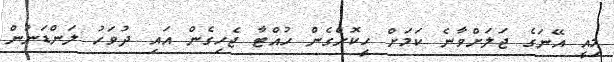
މިއީ އޭނަގެ ޖަލަށްވާނެ ކަމަށް ހީކޮށްގެން ހުއްޓާ ޖެހިގެން އައި ދުވަހު ލަންޑަނުން